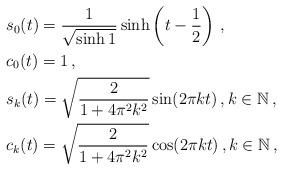
LaTeX: \begin{align*} & s_0 (t)=\frac{1}{\sqrt{\sinh1}}\sinh\left(t-\frac{1}{2}\right)\,, \\ & c_0 (t) =1\,, \\ & s_k (t)=\sqrt{\frac{2}{1+4\pi^2 k^2}}\sin(2\pi k t)\,,k\in\mathbb{N}\,, \\ & c_k (t)=\sqrt{\frac{2}{1+4\pi^2 k^2}}\cos(2\pi k t)\,,k\in\mathbb{N}\,,\end{align*}